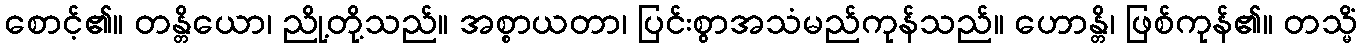
စောင့်၏။ တန္တိယော၊ ညို့တို့သည်။ အစ္စာယတာ၊ ပြင်းစွာအသံမည်ကုန်သည်။ ဟောန္တိ၊ ဖြစ်ကုန်၏။ တသ္မိံ